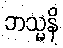
ဘသ္မနိ